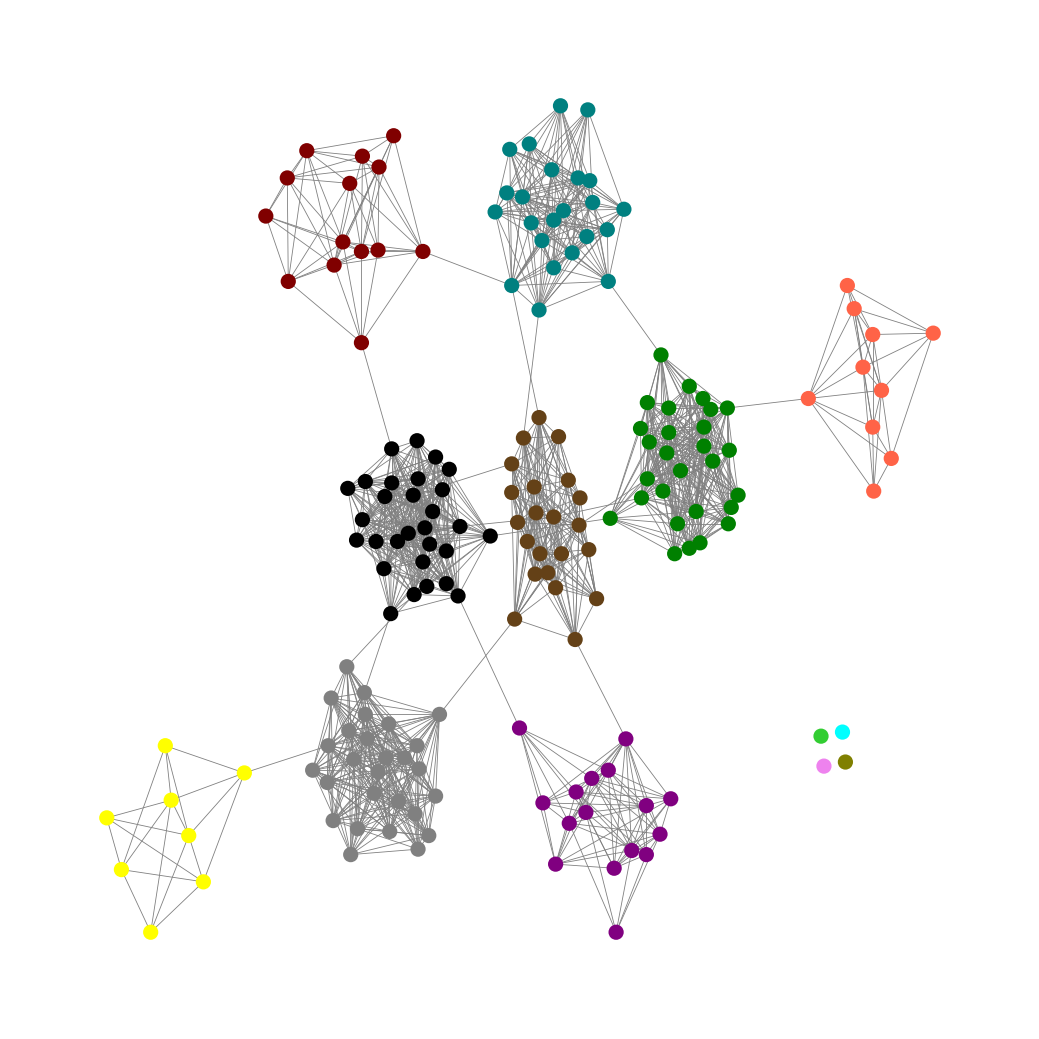
Graph connected: No
Number of connected components: 5
Number of singletons: 4
Total number of nodes: 181
Total number of edges: 1351
Number of communities: 13
Community sizes:
Aqua: 1
Black: 29
Gray: 27
Green: 28
Lime Green: 1
Maroon: 14
Olive: 1
Pullman Brown: 22
Purple: 16
Teal: 23
Tomato: 10
Violet: 1
Yellow: 8
Graph layout: tda
Graph generation method: erdos_renyi